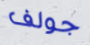
جولف